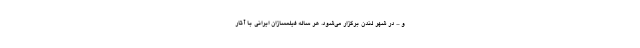
و ... در شهر لندن برگزار می‌شود. هر ساله فيلمسازان ایرانی با آثار